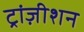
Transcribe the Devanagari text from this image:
ट्रांज़ीशन